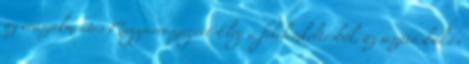
az erőszakmentes Magyarországért Elég a félelemkeltésből, az uszításból és